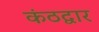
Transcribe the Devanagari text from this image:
कंठद्वार